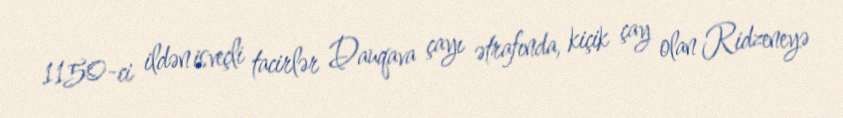
1150-ci ildən isveçli tacirlər Dauqava çayı ətrafında, kiçik çay olan Ridzeneyə